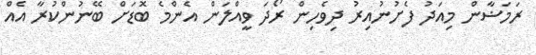
ރަމަޟާން މިއަދު ފެށުނުއިރު ދިވެހިން ރޯދަ ވީއްލަން އެންމެ ބޮޑަށް ބޭނުންކުރާ އެއް